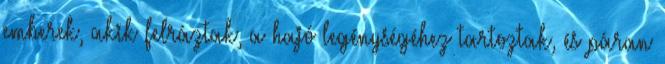
emberek, akik felráztak, a hajó legénységéhez tartoztak, és páran